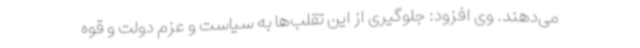
می‌دهند. وی افزود: جلوگیری از این تقلب‌ها به سیاست و عزم دولت و قوه